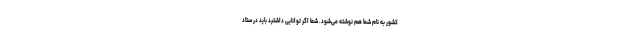
کشور به نام شما هم نوشته می‌شود. شما اگر توانایی داشتید باید در ستاد